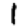
Digit: 1